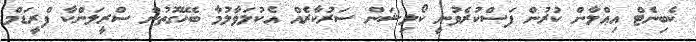
ކެބިނެޓް އިޢްލާން ކުރުން ފަސްކުރެވުނީ ކޯލިޝަން ސަރުކާރެއް އެކުލަވާލުމާ ބެހޭގޮތުން ސްރީލަންކާ ފްރީޑަމް